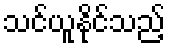
သင်ယူနိုင်သည့်